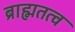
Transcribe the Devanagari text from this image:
ब्राह्मतत्व